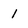
Character: 1